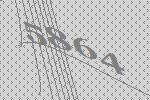
5864